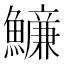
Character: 𩼖